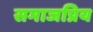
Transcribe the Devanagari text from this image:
समाजप्रिय